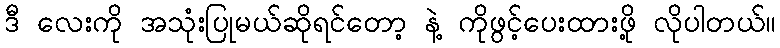
ဒီ လေးကို အသုံးပြုမယ်ဆိုရင်တော့ နဲ့ ကိုဖွင့်ပေးထားဖို့ လိုပါတယ်။